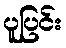
ပူပြင်း